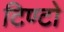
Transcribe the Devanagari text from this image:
टिण्टो